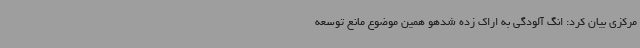
مرکزی بیان کرد: انگ آلودگی به اراک زده شدهو همین موضوع مانع توسعه